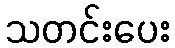
သတင်းပေး